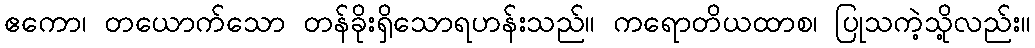
ဧကော၊ တယောက်သော တန်ခိုးရှိသောရဟန်းသည်။ ကရောတိယထာစ၊ ပြုသကဲ့သို့လည်း။